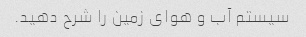
سیستم آب و هوای زمین را شرح دهید.